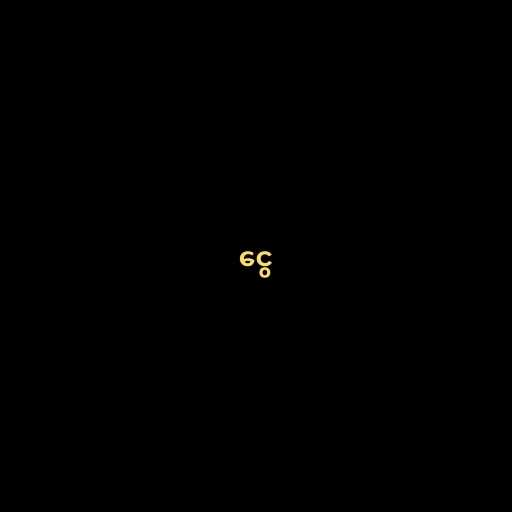
ငွေ